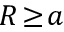
R \! \geq \! a